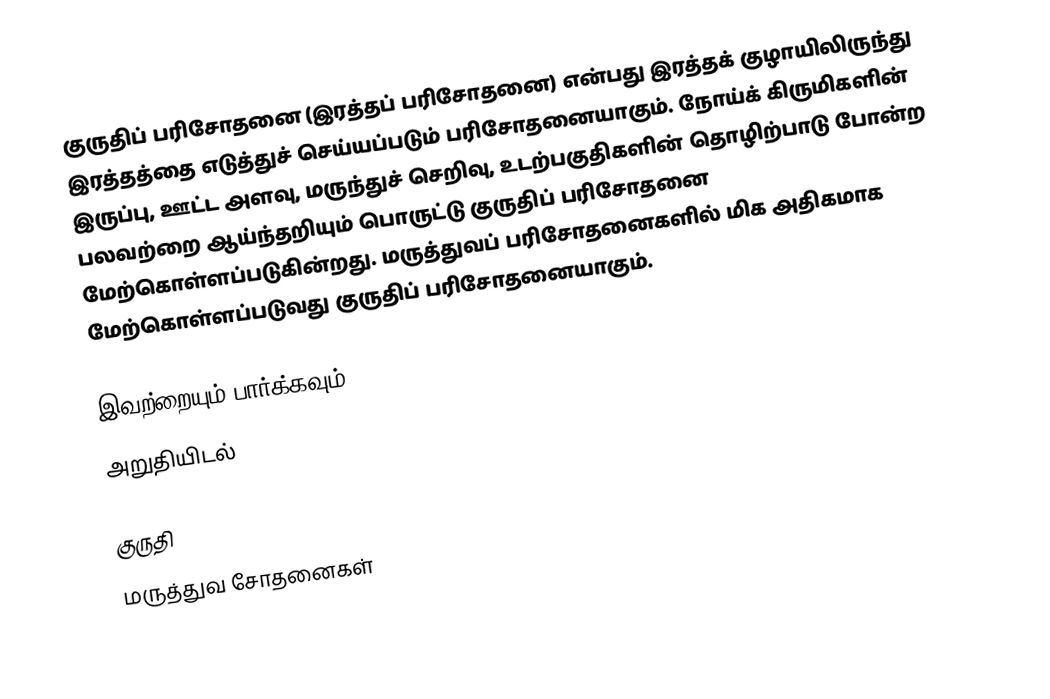
குருதிப் பரிசோதனை (இரத்தப் பரிசோதனை) என்பது இரத்தக் குழாயிலிருந்து இரத்தத்தை எடுத்துச் செய்யப்படும் பரிசோதனையாகும். நோய்க் கிருமிகளின் இருப்பு, ஊட்ட அளவு, மருந்துச் செறிவு, உடற்பகுதிகளின் தொழிற்பாடு போன்ற பலவற்றை ஆய்ந்தறியும் பொருட்டு குருதிப் பரிசோதனை மேற்கொள்ளப்படுகின்றது. மருத்துவப் பரிசோதனைகளில் மிக அதிகமாக மேற்கொள்ளப்படுவது குருதிப் பரிசோதனையாகும்.

இவற்றையும் பார்க்கவும்
 அறுதியிடல்

குருதி
மருத்துவ சோதனைகள்